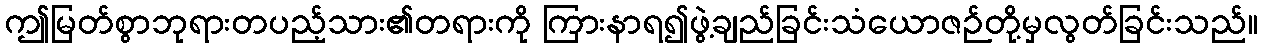
ဤမြတ်စွာဘုရားတပည့်သား၏တရားကို ကြားနာရ၍ဖွဲ့ချည်ခြင်းသံယောဇဉ်တို့မှလွတ်ခြင်းသည်။